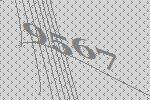
9567